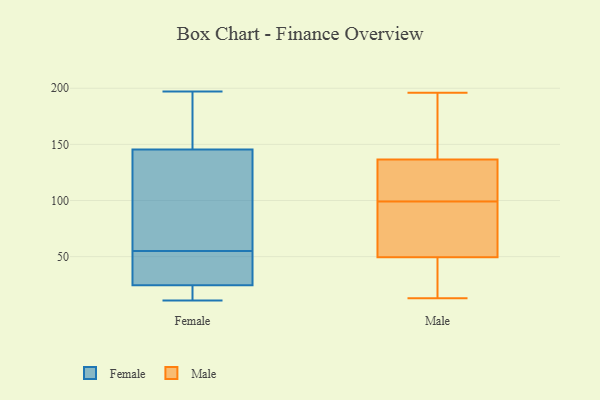
{"axis": {"x": "Budget (USD K)", "y": "Value"}, "legend": ["Female", "Male"], "data": [{"x": "", "y": 42, "type": "Female"}, {"x": "", "y": 108, "type": "Female"}, {"x": "", "y": 68, "type": "Female"}, {"x": "", "y": 25, "type": "Female"}, {"x": "", "y": 11, "type": "Female"}, {"x": "", "y": 24, "type": "Female"}, {"x": "", "y": 19, "type": "Female"}, {"x": "", "y": 188, "type": "Female"}, {"x": "", "y": 37, "type": "Female"}, {"x": "", "y": 197, "type": "Female"}, {"x": "", "y": 90, "type": "Female"}, {"x": "", "y": 183, "type": "Female"}, {"x": "", "y": 116, "type": "Male"}, {"x": "", "y": 53, "type": "Male"}, {"x": "", "y": 69, "type": "Male"}, {"x": "", "y": 185, "type": "Male"}, {"x": "", "y": 62, "type": "Male"}, {"x": "", "y": 196, "type": "Male"}, {"x": "", "y": 82, "type": "Male"}, {"x": "", "y": 126, "type": "Male"}, {"x": "", "y": 134, "type": "Male"}, {"x": "", "y": 124, "type": "Male"}, {"x": "", "y": 139, "type": "Male"}, {"x": "", "y": 171, "type": "Male"}, {"x": "", "y": 46, "type": "Male"}, {"x": "", "y": 38, "type": "Male"}, {"x": "", "y": 30, "type": "Male"}, {"x": "", "y": 13, "type": "Male"}]}